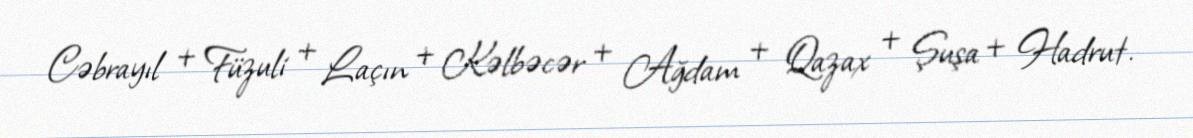
Cəbrayıl + Füzuli + Laçın + Kəlbəcər + Ağdam + Qazax + Şuşa + Hadrut.